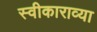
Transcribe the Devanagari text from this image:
स्वीकाराव्या